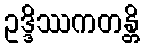
ဥဒ္ဒိဿကတန္တိ